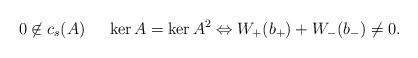
LaTeX: \begin{align*} 0\not\in c_s(A) \ \ \ \ \ker A=\ker A^2 \Leftrightarrow W_+(b_+)+W_-(b_-)\ne 0.\end{align*}